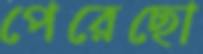
পেরেছো